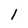
Character: 1